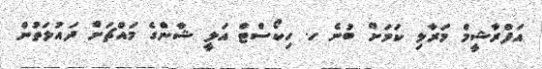
އަފްރާޝީމް މަރާލި ކަމަށް ބުނެ ހ. ހިކޯސްޓް އަލީ ޝާންގެ މައްޗަށް ދައުލަތުން